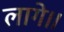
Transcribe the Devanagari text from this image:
लागे॥